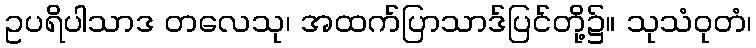
ဥပရိပါသာဒ တလေသု၊ အထက်ပြာသာဒ်ပြင်တို့၌။ သုသံဝုတံ၊